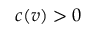
c ( v ) > 0